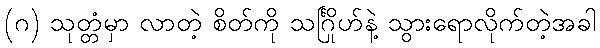
(ဂ) သုတ္တံမှာ လာတဲ့ စိတ်ကို သင်္ဂြိုဟ်နဲ့ သွားရောလိုက်တဲ့အခါ